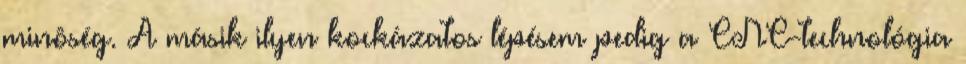
minôség. A másik ilyen kockázatos lépésem pedig a CNC-technológia